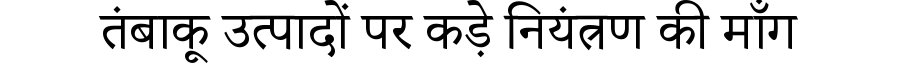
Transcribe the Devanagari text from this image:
तंबाकू उत्पादों पर कड़े नियंत्रण की माँग